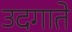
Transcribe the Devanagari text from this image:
उदगाते